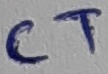
Text: CT